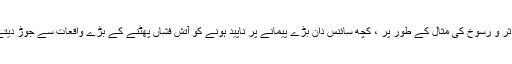
بڑے اثر و رسوخ کی مثال کے طور پر ، کچھ سائنس دان بڑے پیمانے پر ناپید ہونے کو آتش فشاں پھٹنے کے بڑے واقعات سے جوڑ دیتے ہیں۔